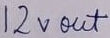
Text: 12v out